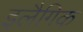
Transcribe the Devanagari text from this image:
इलैगिक